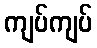
ကျပ်ကျပ်